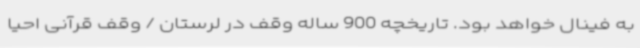
به فینال خواهد بود. تاریخچه 900 ساله وقف در لرستان / وقف قرآنی احیا